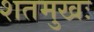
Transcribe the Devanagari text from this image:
शतमुखः